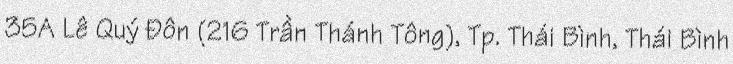
35A Lê Quý Đôn (216 Trần Thánh Tông), Tp. Thái Bình, Thái Bình